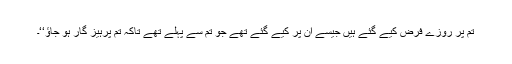
تم پر روزے فرض کیے گئے ہیں جیسے ان پر کیے گئے تھے جو تم سے پہلے تھے تاکہ تم پرہیز گار ہو جاؤ‘‘۔